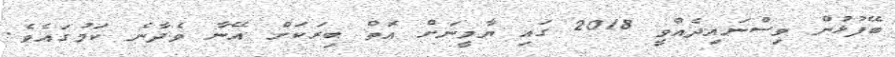
ބޭފުޅުން ވިސްނައިދެއްވީ 2018 ގައި ޔާމީނަށް އޮތް ބިރަކަށް އޭނާ ވެދާނެ ކަމުގައެވެ.